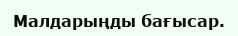
Малдарыңды бағысар.